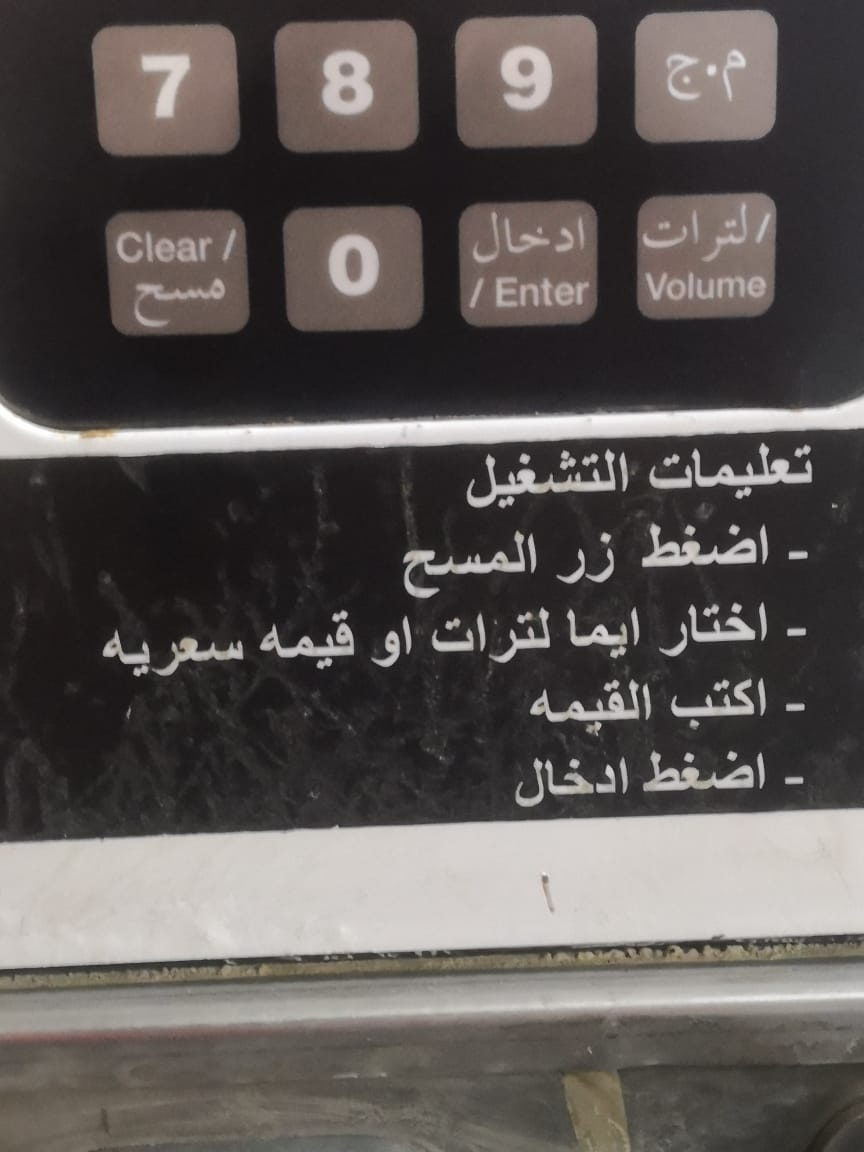
Text in image: م.ج لترات ادخال مسح تعليمات التشغيل اضغط زر المسح اختار ايما لترات او قيمه سعريه اكتب القيمه اضغط ادخال 9 7 8 Clear 0 Volume Enter